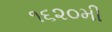
૧૬૨૦મી